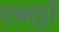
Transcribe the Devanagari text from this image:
एन्नाट्टो